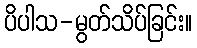
ပိပါသ-မွတ်သိပ်ခြင်း။